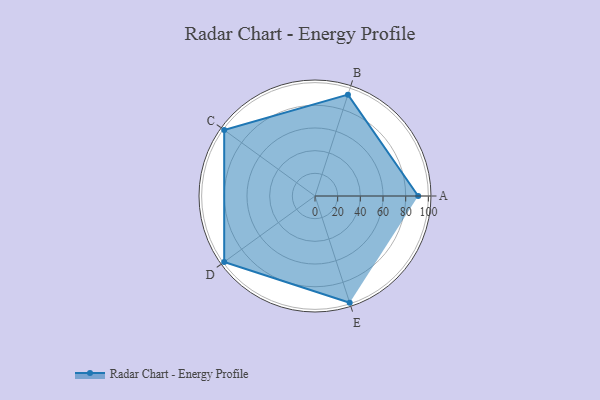
{"axis": {"x": "Skill", "y": "Score"}, "legend": ["Profile"], "data": [{"x": "A", "y": 91.0, "type": "Profile"}, {"x": "B", "y": 94.0, "type": "Profile"}, {"x": "C", "y": 99.0, "type": "Profile"}, {"x": "D", "y": 99, "type": "Profile"}, {"x": "E", "y": 99, "type": "Profile"}]}